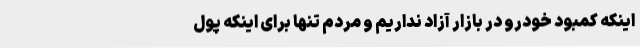
اینکه کمبود خودرو در بازار آزاد نداریم و مردم تنها برای اینکه پول